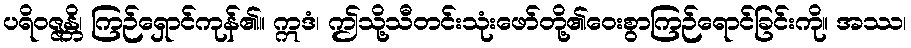
ပရိဝဇ္ဇန္တိ၊ ကြဉ်ရှောင်ကုန်၏။ ဣဒံ၊ ဤသို့သီတင်းသုံးဖော်တို့၏ဝေးစွာကြဉ်ရောင်ခြင်းကို။ အဿ၊